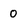
Character: 0